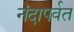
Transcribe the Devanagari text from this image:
नंदापर्वत